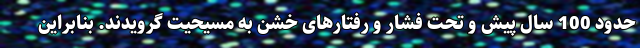
حدود 100 سال پیش و تحت فشار و رفتارهای خشن به مسیحیت گرویدند. بنابراین